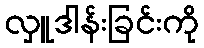
လှူဒါန်းခြင်းကို